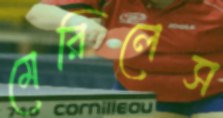
মেরিলেস